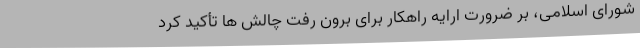
شورای اسلامی، بر ضرورت ارایه راهکار برای برون رفت چالش ها تأکید کرد